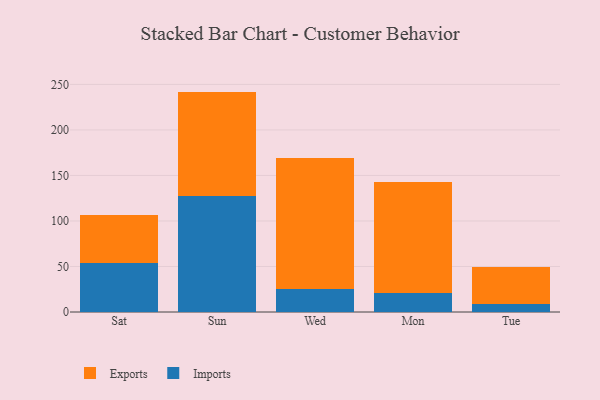
{"axis": {"x": "Day", "y": "Waste Production (Tons)"}, "legend": ["Exports", "Imports"], "data": [{"x": "Sat", "y": 53.9, "type": "Imports"}, {"x": "Sat", "y": 52.5, "type": "Exports"}, {"x": "Sun", "y": 127.5, "type": "Imports"}, {"x": "Sun", "y": 114.6, "type": "Exports"}, {"x": "Wed", "y": 25.0, "type": "Imports"}, {"x": "Wed", "y": 144.6, "type": "Exports"}, {"x": "Mon", "y": 20.8, "type": "Imports"}, {"x": "Mon", "y": 122.3, "type": "Exports"}, {"x": "Tue", "y": 9.0, "type": "Imports"}, {"x": "Tue", "y": 40.4, "type": "Exports"}]}